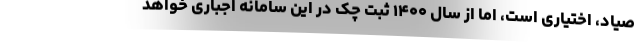
صیاد، اختیاری است، اما از سال ۱۴۰۰ ثبت چک در این سامانه اجباری خواهد